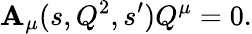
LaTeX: \mathbf{A}_{\mu}(s,Q^{2},s^{\prime})Q^{\mu}=0.